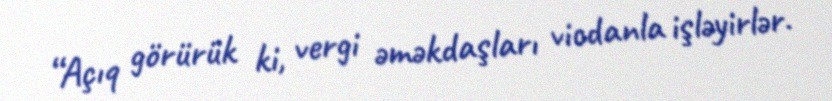
“Açıq görürük ki, vergi əməkdaşları vicdanla işləyirlər.